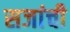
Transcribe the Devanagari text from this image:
सजांची